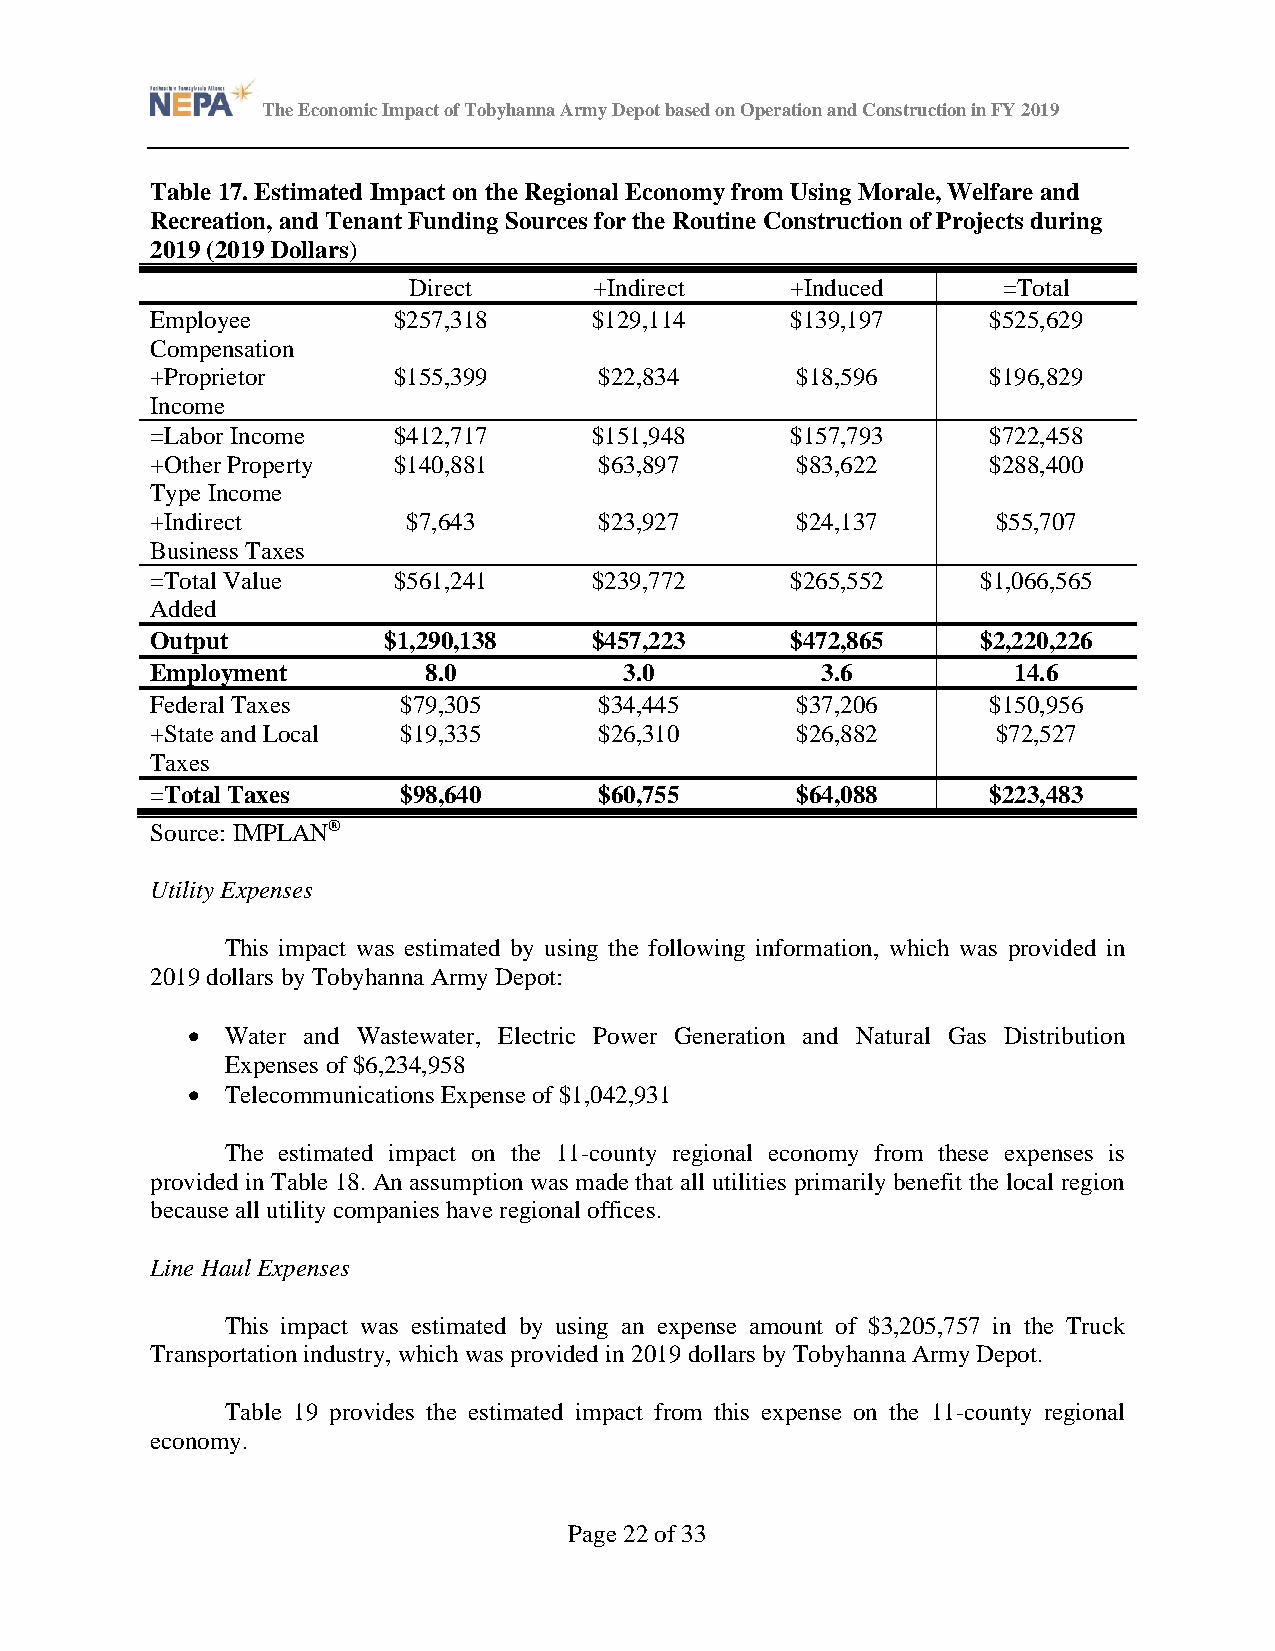
The Economic Impact of Tobyhanna Army Depot based on Operation and Construction in FY 2019
 Table 17. Estimated Impact on the Regional Economy from Using Morale, Welfare and
 Recreation, and Tenant Funding Sources for the Routine Construction of Projects during
 2019 (2019 Dollars)
 Direct      +Indirect    +Induced      =Total
 Employee        $257,318     $129,114     $139,197      $525,629
 Compensation
 +Proprietor     $155,399      $22,834      $18,596      $196,829
 Income
 =Labor Income   $412,717     $151,948     $157,793      $722,458
 +Other Property $140,881      $63,897      $83,622      $288,400
 Type Income
 +Indirect        $7,643       $23,927      $24,137      $55,707
 Business Taxes
 =Total Value    $561,241     $239,772     $265,552     $1,066,565
 Added
 Output         $1,290,138    $457,223     $472,865     $2,220,226
 Employment        8.0          3.0          3.6          14.6
 Federal Taxes   $79,305       $34,445      $37,206      $150,956
 +State and Local $19,335      $26,310      $26,882      $72,527
 Taxes
 =Total Taxes    $98,640       $60,755      $64,088      $223,483
 Source: IMPLAN®
 Utility Expenses
 This impact was estimated by using the following information, which was provided in
 2019 dollars by Tobyhanna Army Depot:
 •  Water and Wastewater, Electric Power Generation and Natural Gas Distribution
 Expenses of $6,234,958
 •  Telecommunications Expense of $1,042,931
 The estimated impact on the 11-county regional economy from these expenses is
 provided in Table 18. An assumption was made that all utilities primarily benefit the local region
 because all utility companies have regional offices.
 Line Haul Expenses
 This impact was estimated by using an expense amount of $3,205,757 in the Truck
 Transportation industry, which was provided in 2019 dollars by Tobyhanna Army Depot.
 Table 19 provides the estimated impact from this expense on the 11-county regional
 economy.
 Page 22 of 33